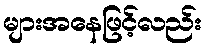
များအနေဖြင့်လည်း